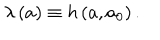
\lambda \left( a \right) \equiv h \left( a , a _ { 0 } \right) .